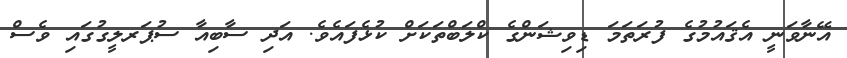
އޭނާވަނީ އެޤައުމުގެ ފުރަތަމަ ޑިވިޝަންގެ ކްލަބްތަކަށް ކުޅެފައެވެ. އަދި ސާބިއާ ސުޕަރލީގުގައި ވެސް